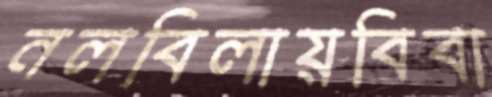
নলবিলায়বিবা